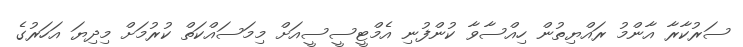
ސަރުކާރާ އާންމު ރައްޔިތުން ހިއްސާވާ ކުންފުނި އެމްޓީސީސީއަށް މިމަސައްކަތް ކުރުމަށް މިދިޔަ އަހަރުގެ